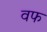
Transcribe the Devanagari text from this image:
वफ